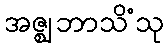
အဇ္ဈဘာသိံသု